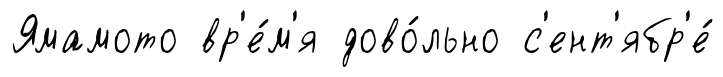
Ямамото вр'е́м'я дово́льно с'ент'ябр'е́